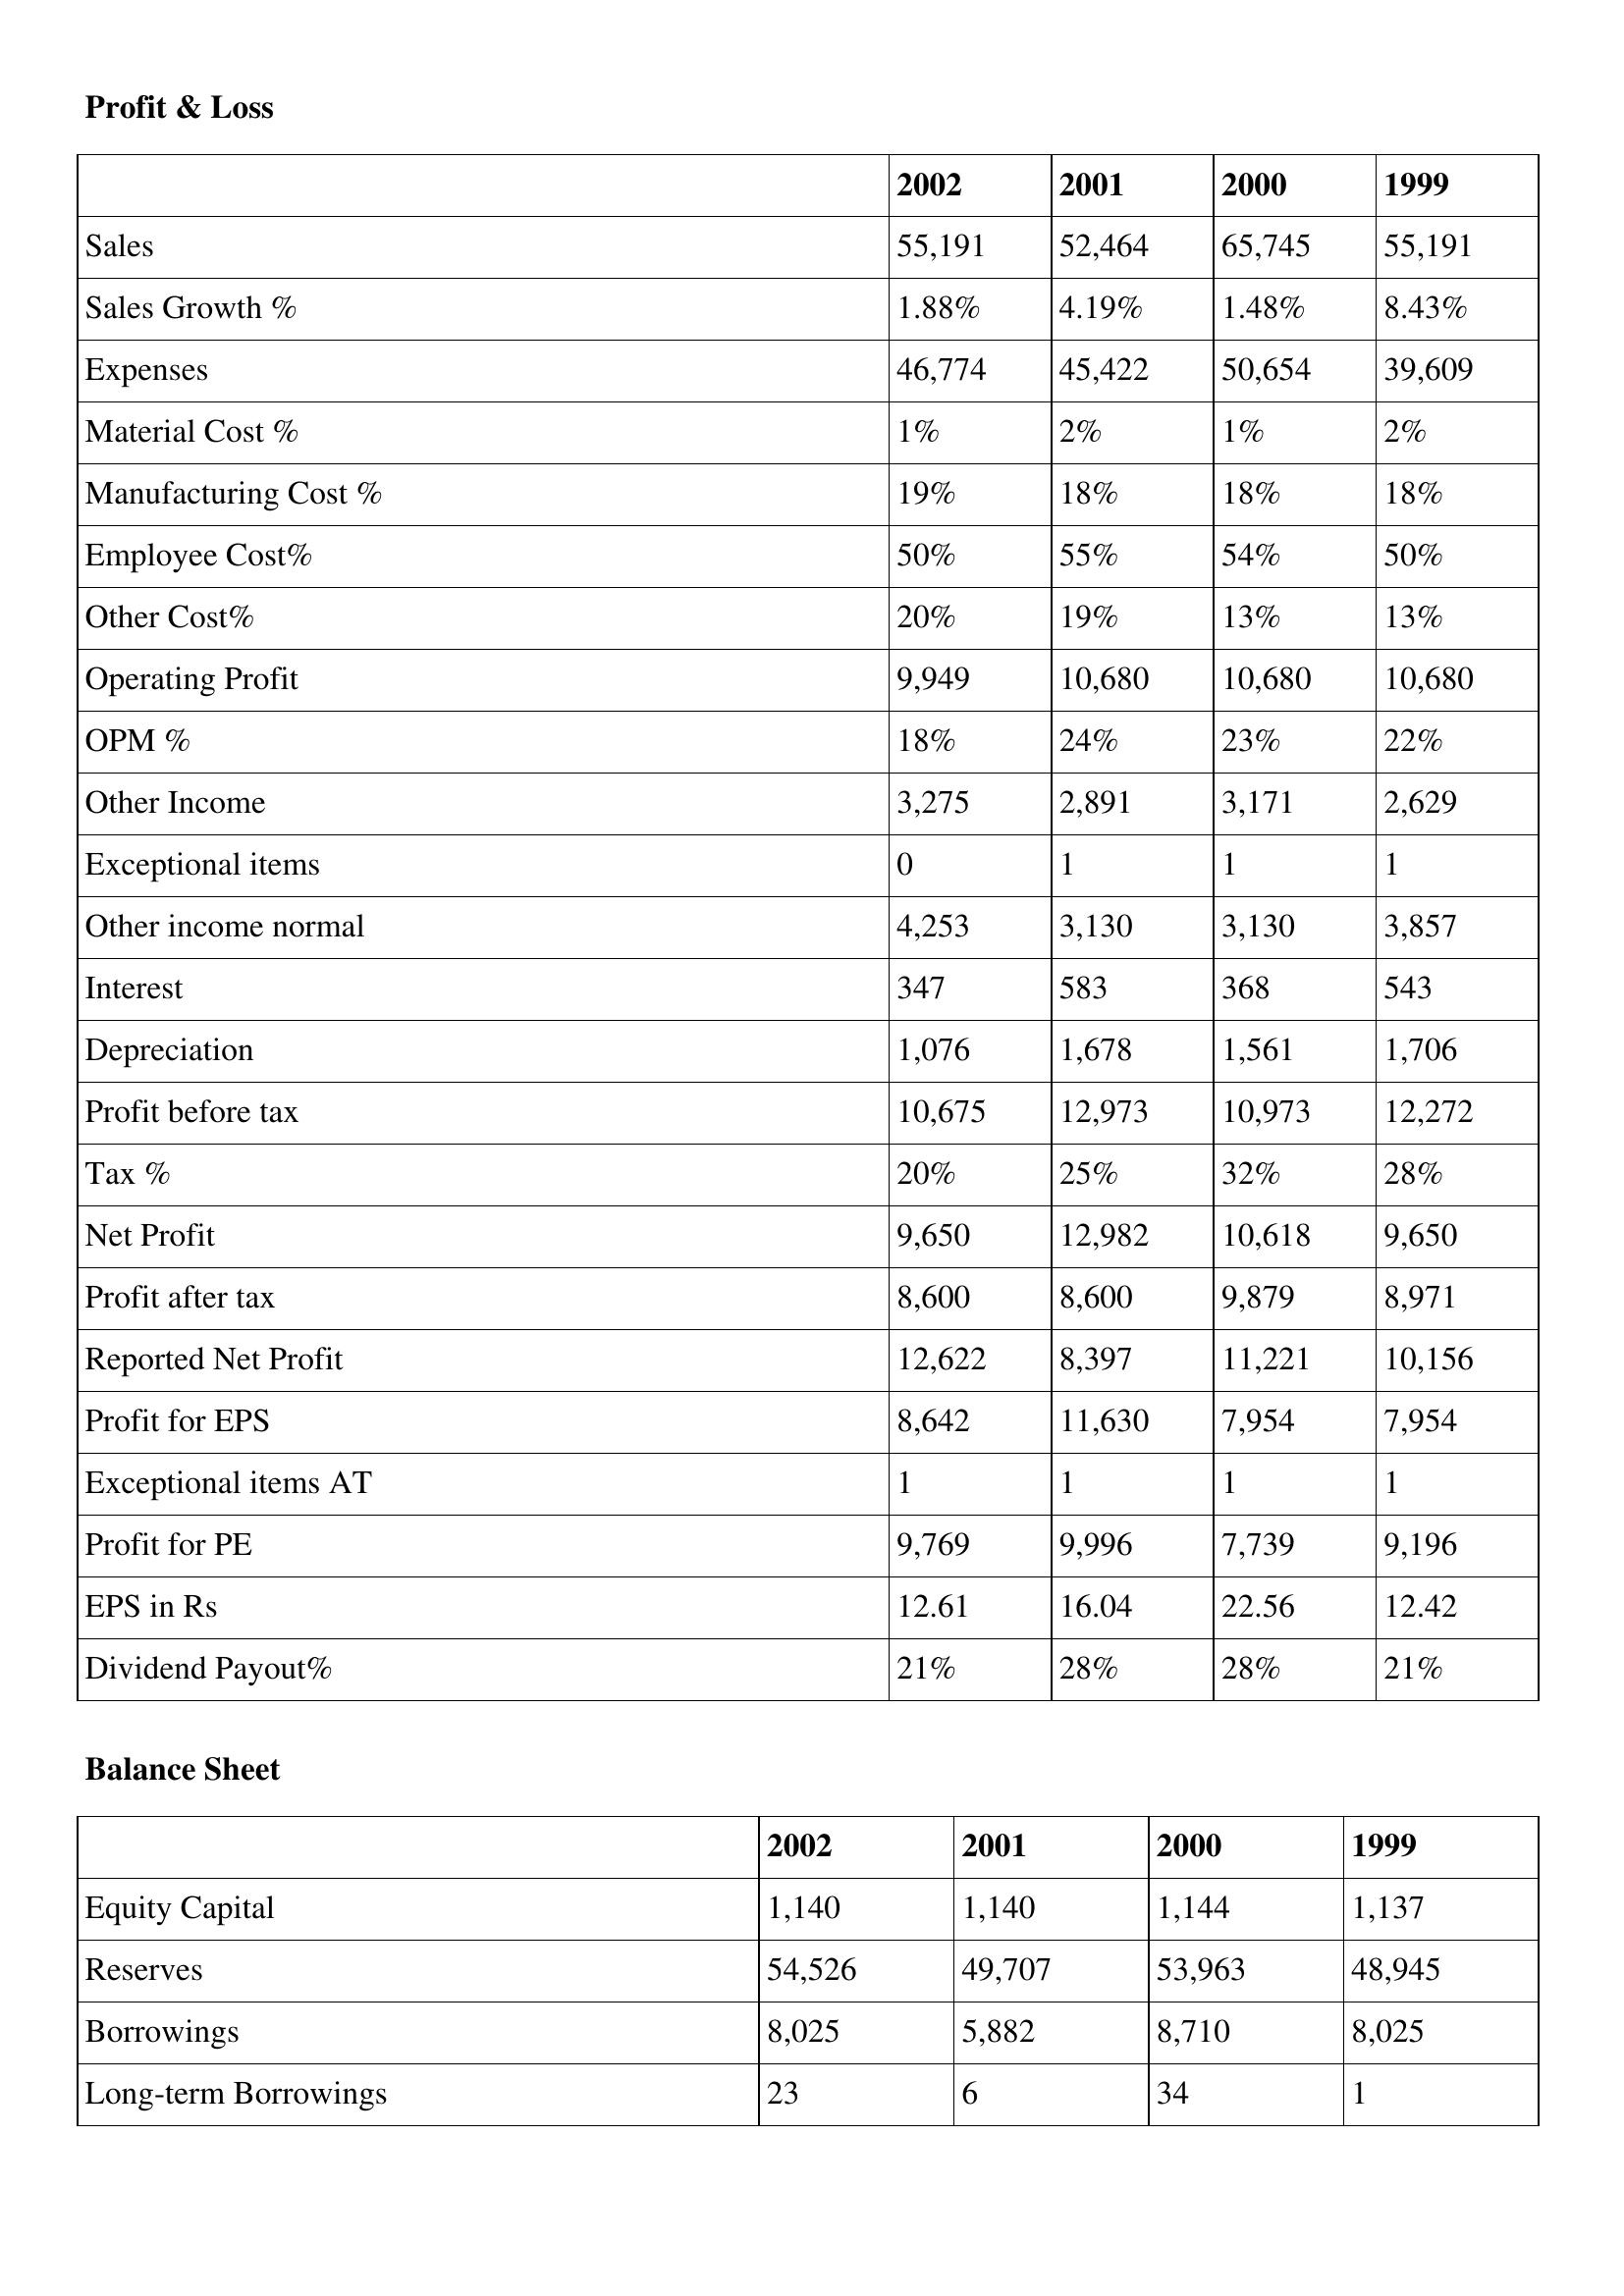
gt_parse: 2002: Profit & Loss: Sales: 55,191
Sales Growth %: 1.88%
Expenses: 46,774
Material Cost %: 1%
Manufacturing Cost %: 19%
Employee Cost%: 50%
Other Cost%: 20%
Operating Profit: 9,949
OPM %: 18%
Other Income: 3,275
Exceptional items: 0
Other income normal: 4,253
Interest: 347
Depreciation: 1,076
Profit before tax: 10,675
Tax %: 20%
Net Profit: 9,650
Profit after tax: 8,600
Reported Net Profit: 12,622
Profit for EPS: 8,642
Exceptional items AT: 1
Profit for PE: 9,769
EPS in Rs: 12.61
Dividend Payout%: 21%
Balance Sheet: Equity Capital: 1,140
Reserves: 54,526
Borrowings: 8,025
Long-term Borrowings: 23
2001: Profit & Loss: Sales: 52,464
Sales Growth %: 4.19%
Expenses: 45,422
Material Cost %: 2%
Manufacturing Cost %: 18%
Employee Cost%: 55%
Other Cost%: 19%
Operating Profit: 10,680
OPM %: 24%
Other Income: 2,891
Exceptional items: 1
Other income normal: 3,130
Interest: 583
Depreciation: 1,678
Profit before tax: 12,973
Tax %: 25%
Net Profit: 12,982
Profit after tax: 8,600
Reported Net Profit: 8,397
Profit for EPS: 11,630
Exceptional items AT: 1
Profit for PE: 9,996
EPS in Rs: 16.04
Dividend Payout%: 28%
Balance Sheet: Equity Capital: 1,140
Reserves: 49,707
Borrowings: 5,882
Long-term Borrowings: 6
2000: Profit & Loss: Sales: 65,745
Sales Growth %: 1.48%
Expenses: 50,654
Material Cost %: 1%
Manufacturing Cost %: 18%
Employee Cost%: 54%
Other Cost%: 13%
Operating Profit: 10,680
OPM %: 23%
Other Income: 3,171
Exceptional items: 1
Other income normal: 3,130
Interest: 368
Depreciation: 1,561
Profit before tax: 10,973
Tax %: 32%
Net Profit: 10,618
Profit after tax: 9,879
Reported Net Profit: 11,221
Profit for EPS: 7,954
Exceptional items AT: 1
Profit for PE: 7,739
EPS in Rs: 22.56
Dividend Payout%: 28%
Balance Sheet: Equity Capital: 1,144
Reserves: 53,963
Borrowings: 8,710
Long-term Borrowings: 34
1999: Profit & Loss: Sales: 55,191
Sales Growth %: 8.43%
Expenses: 39,609
Material Cost %: 2%
Manufacturing Cost %: 18%
Employee Cost%: 50%
Other Cost%: 13%
Operating Profit: 10,680
OPM %: 22%
Other Income: 2,629
Exceptional items: 1
Other income normal: 3,857
Interest: 543
Depreciation: 1,706
Profit before tax: 12,272
Tax %: 28%
Net Profit: 9,650
Profit after tax: 8,971
Reported Net Profit: 10,156
Profit for EPS: 7,954
Exceptional items AT: 1
Profit for PE: 9,196
EPS in Rs: 12.42
Dividend Payout%: 21%
Balance Sheet: Equity Capital: 1,137
Reserves: 48,945
Borrowings: 8,025
Long-term Borrowings: 1